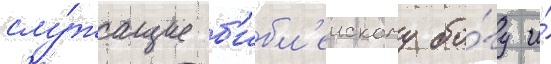
слу́жащие б'ибл'еискому бо́гу и́